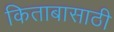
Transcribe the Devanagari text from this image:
किताबासाठी